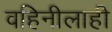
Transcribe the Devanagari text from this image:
वहिनीलाही